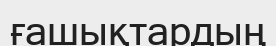
ғашықтардың